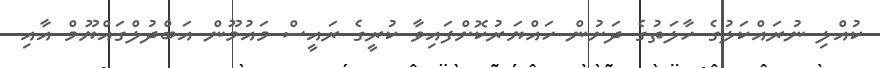
ކުއްލި ނުރައްކަލުގެ ހާލަތުގެ ދަށުން ހައްޔަރުކޮށްފައިވާ ކުރީގެ ރައީސް މައުމޫން އަބްދުލްގައްޔޫމް އާއި